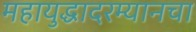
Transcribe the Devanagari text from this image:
महायुद्धादरम्यानचा